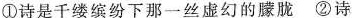
①诗是千缕缤纷下那一丝虚幻的朦胧②诗